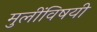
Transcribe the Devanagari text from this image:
मुलींविषयी